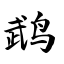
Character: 鹉